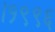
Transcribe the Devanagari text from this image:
।१९९६